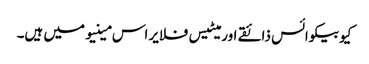
کیوبیکوائس ذائقے اور میٹیس فلایر اس مینیو میں ہیں۔